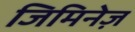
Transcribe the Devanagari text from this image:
जिमिनेज़